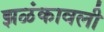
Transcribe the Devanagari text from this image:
झळंकावली